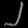
Digit: ၂